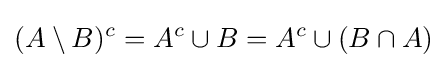
(A\setminus B)^{c}=A^{c}\cup B=A^{c}\cup (B\cap A)